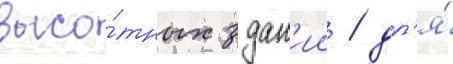
высо́тных здан'ии / дл'я́